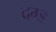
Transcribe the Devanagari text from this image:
दग्ड